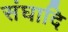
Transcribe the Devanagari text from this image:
संघादि